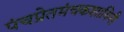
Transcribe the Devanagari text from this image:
पंचप्रेतमंचकशायिनी